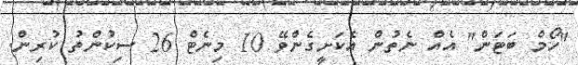
"ހޯމް ބަޓަން" އެއް ނެތުން އެކަށީގެންވޭ 10 މިނެޓް 26 ސިކުންތު ކުރިން.